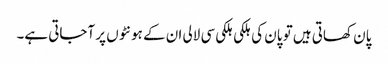
پان کھاتی ہیں تو پان کی ہلکی ہلکی سی لالی ان کے ہونٹوں پر آجاتی ہے۔